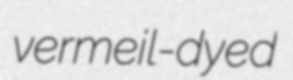
vermeil-dyed